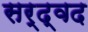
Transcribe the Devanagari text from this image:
सर्द्वद